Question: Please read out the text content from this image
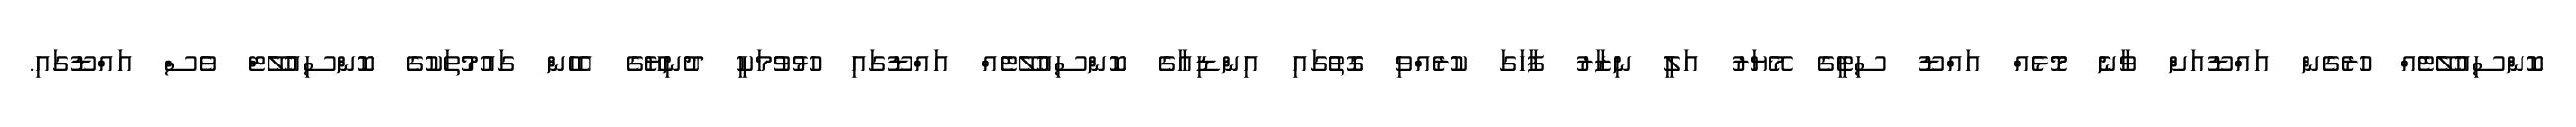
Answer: ކޮންސިއުލޭޓެއް ހުރެގެން އައްޑޫއަށް ވާނެ މޮޅެއް އައްޑޫ ސިޓީގެ މޭޔަރު އަލީ ނިޒާރު ފާހަގަ ކުރެއްވި ގޮތުގައި އިންޑިއާގެ ކޮންސިއުލޭޓެއް އައްޑޫގައި ހުޅުވުމަކީ ދުނިޔޭގެ އެހެން ގައުމުތަކުގެ ކޮންސިއުލޭޓް ވެސް އައްޑޫގައި.